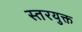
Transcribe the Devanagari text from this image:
स्तरयुक्त